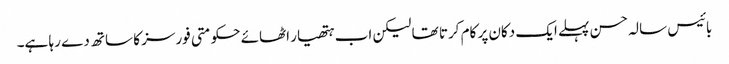
بائیس سالہ حسن پہلے ایک دکان پر کام کرتا تھا لیکن اب ہتھیار اٹھائے حکومتی فورسز کا ساتھ دے رہا ہے۔